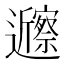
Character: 𬩲